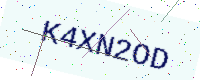
Text: K4XN2OD